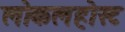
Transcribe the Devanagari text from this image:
लोकलहोस्ट